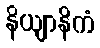
နိယျာနိကံ